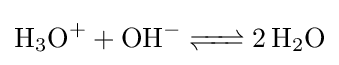
{\ce {H3O+ + OH- <=> 2H2O}}